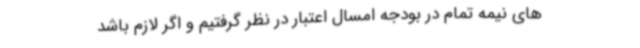
های نیمه تمام در بودجه امسال اعتبار در نظر گرفتیم و اگر لازم باشد